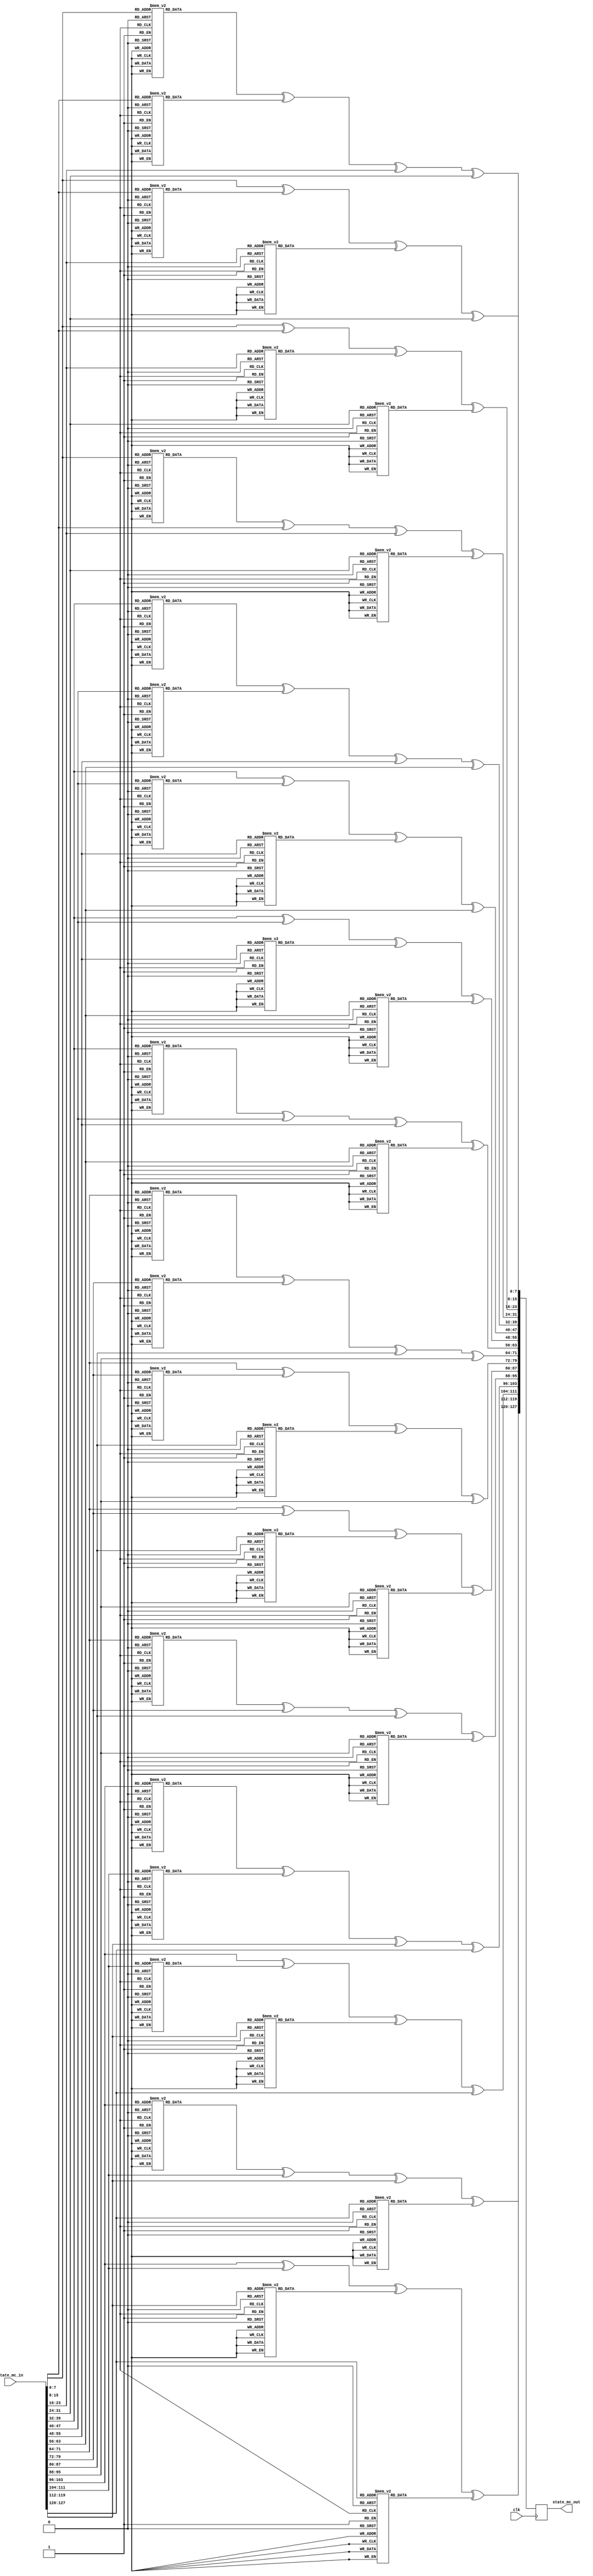
`timescale 1ns / 1ps


module mix_columns(
    input wire clk,
    input wire [127:0] state_mc_in,
    output wire [127:0] state_mc_out
	);
	
		
	//Internal logic
	reg [127:0] temp; 
	reg [127:0] state_mc_out_reg; 
	reg [127:0] state_mc_out_next;
	
	
	
	always @(posedge clk)
    begin
        state_mc_out_reg <= state_mc_out_next;
    end
	
	always @*
    begin
    	//Combinational logic
    	state_mc_out_next = state_mc_in;
    	//Mix Columns
        temp[7:0] =  mul_by_2(state_mc_out_next[7:0]) ^ mul_by_3(state_mc_out_next[15:8]) ^ state_mc_out_next[23:16] ^ state_mc_out_next[31:24];
        temp[15:8] = state_mc_out_next[7:0] ^ mul_by_2(state_mc_out_next[15:8]) ^ mul_by_3(state_mc_out_next[23:16]) ^ state_mc_out_next[31:24];
        temp[23:16] = state_mc_out_next[7:0] ^ state_mc_out_next[15:8] ^ mul_by_2(state_mc_out_next[23:16]) ^ mul_by_3(state_mc_out_next[31:24]);
        temp[31:24] = mul_by_3(state_mc_out_next[7:0]) ^ state_mc_out_next[15:8] ^ state_mc_out_next[23:16] ^ mul_by_2(state_mc_out_next[31:24]);
    
        temp[39:32] = mul_by_2(state_mc_out_next[39:32]) ^ mul_by_3(state_mc_out_next[47:40]) ^ state_mc_out_next[55:48] ^ state_mc_out_next[63:56];
        temp[47:40] = state_mc_out_next[39:32] ^ mul_by_2(state_mc_out_next[47:40]) ^ mul_by_3(state_mc_out_next[55:48]) ^ state_mc_out_next[63:56];
        temp[55:48] = state_mc_out_next[39:32] ^ state_mc_out_next[47:40] ^ mul_by_2(state_mc_out_next[55:48])^mul_by_3(state_mc_out_next[63:56]);
        temp[63:56] = mul_by_3(state_mc_out_next[39:32]) ^ state_mc_out_next[47:40] ^ state_mc_out_next[55:48] ^ mul_by_2(state_mc_out_next[63:56]);
    
        temp[71:64] = mul_by_2(state_mc_out_next[71:64]) ^ mul_by_3(state_mc_out_next[79:72]) ^ state_mc_out_next[87:80] ^ state_mc_out_next[95:88];
        temp[79:72] = state_mc_out_next[71:64] ^ mul_by_2(state_mc_out_next[79:72]) ^ mul_by_3(state_mc_out_next[87:80]) ^ state_mc_out_next[95:88];
        temp[87:80] = state_mc_out_next[71:64] ^ state_mc_out_next[79:72] ^ mul_by_2(state_mc_out_next[87:80])^mul_by_3(state_mc_out_next[95:88]);
        temp[95:88] = mul_by_3(state_mc_out_next[71:64]) ^ state_mc_out_next[79:72] ^ state_mc_out_next[87:80] ^ mul_by_2(state_mc_out_next[95:88]);
        
        temp[103:96] = mul_by_2(state_mc_out_next[103:96]) ^ mul_by_3(state_mc_out_next[111:104]) ^ state_mc_out_next[119:112] ^ state_mc_out_next[127:120];
        temp[111:104] = state_mc_out_next[103:96] ^ mul_by_2(state_mc_out_next[111:104]) ^ mul_by_3(state_mc_out_next[119:112]) ^ state_mc_out_next[127:120];
        temp[119:112] = state_mc_out_next[103:96] ^ state_mc_out_next[111:104] ^ mul_by_2(state_mc_out_next[119:112]) ^ mul_by_3(state_mc_out_next[127:120]);
        temp[127:120] = mul_by_3(state_mc_out_next[103:96]) ^ state_mc_out_next[111:104] ^ state_mc_out_next[119:112] ^ mul_by_2(state_mc_out_next[127:120]);
        
        state_mc_out_next[127:0] = temp[127:0];

    end
    
    assign state_mc_out = state_mc_out_reg;
	
	
	function [7:0] mul_by_2;
    input [7:0] x;
 
    case (x)
      8'h00 : mul_by_2 = 8'h00;
      8'h01 : mul_by_2 = 8'h02;
      8'h02 : mul_by_2 = 8'h04;
      8'h03 : mul_by_2 = 8'h06;
      8'h04 : mul_by_2 = 8'h08;
      8'h05 : mul_by_2 = 8'h0A;
      8'h06 : mul_by_2 = 8'h0C;
      8'h07 : mul_by_2 = 8'h0E;
      8'h08 : mul_by_2 = 8'h10;
      8'h09 : mul_by_2 = 8'h12;
      8'h0A : mul_by_2 = 8'h14;
      8'h0B : mul_by_2 = 8'h16;
      8'h0C : mul_by_2 = 8'h18;
      8'h0D : mul_by_2 = 8'h1A;
      8'h0E : mul_by_2 = 8'h1C;
      8'h0F : mul_by_2 = 8'h1E;
      
      8'h10 : mul_by_2 = 8'h20;
      8'h11 : mul_by_2 = 8'h22;
      8'h12 : mul_by_2 = 8'h24;
      8'h13 : mul_by_2 = 8'h26;
      8'h14 : mul_by_2 = 8'h28;
      8'h15 : mul_by_2 = 8'h2A;
      8'h16 : mul_by_2 = 8'h2C;
      8'h17 : mul_by_2 = 8'h2E;
      8'h18 : mul_by_2 = 8'h30;
      8'h19 : mul_by_2 = 8'h32;
      8'h1A : mul_by_2 = 8'h34;
      8'h1B : mul_by_2 = 8'h36;
      8'h1C : mul_by_2 = 8'h38;
      8'h1D : mul_by_2 = 8'h3A;
      8'h1E : mul_by_2 = 8'h3C;
      8'h1F : mul_by_2 = 8'h3E;
      
      8'h20 : mul_by_2 = 8'h40;
      8'h21 : mul_by_2 = 8'h42;
      8'h22 : mul_by_2 = 8'h44;
      8'h23 : mul_by_2 = 8'h46;
      8'h24 : mul_by_2 = 8'h48;
      8'h25 : mul_by_2 = 8'h4A;
      8'h26 : mul_by_2 = 8'h4C;
      8'h27 : mul_by_2 = 8'h4E;
      8'h28 : mul_by_2 = 8'h50;
      8'h29 : mul_by_2 = 8'h52;
      8'h2A : mul_by_2 = 8'h54;
      8'h2B : mul_by_2 = 8'h56;
      8'h2C : mul_by_2 = 8'h58;
      8'h2D : mul_by_2 = 8'h5A;
      8'h2E : mul_by_2 = 8'h5C;
      8'h2F : mul_by_2 = 8'h5E;
      
      8'h30 : mul_by_2 = 8'h60;
      8'h31 : mul_by_2 = 8'h62;
      8'h32 : mul_by_2 = 8'h64;
      8'h33 : mul_by_2 = 8'h66;
      8'h34 : mul_by_2 = 8'h68;
      8'h35 : mul_by_2 = 8'h6A;
      8'h36 : mul_by_2 = 8'h6C;
      8'h37 : mul_by_2 = 8'h6E;
      8'h38 : mul_by_2 = 8'h70;
      8'h39 : mul_by_2 = 8'h72;
      8'h3A : mul_by_2 = 8'h74;
      8'h3B : mul_by_2 = 8'h76;
      8'h3C : mul_by_2 = 8'h78;
      8'h3D : mul_by_2 = 8'h7A;
      8'h3E : mul_by_2 = 8'h7C;
      8'h3F : mul_by_2 = 8'h7E;
      
      8'h40 : mul_by_2 = 8'h80;
      8'h41 : mul_by_2 = 8'h82;      
      8'h42 : mul_by_2 = 8'h84;
      8'h43 : mul_by_2 = 8'h86;
      8'h44 : mul_by_2 = 8'h88;
      8'h45 : mul_by_2 = 8'h8A;
      8'h46 : mul_by_2 = 8'h8C;
      8'h47 : mul_by_2 = 8'h8E;
      8'h48 : mul_by_2 = 8'h90;
      8'h49 : mul_by_2 = 8'h92;
      8'h4A : mul_by_2 = 8'h94;
      8'h4B : mul_by_2 = 8'h96;
      8'h4C : mul_by_2 = 8'h98;
      8'h4D : mul_by_2 = 8'h9A;
      8'h4E : mul_by_2 = 8'h9C;
      8'h4F : mul_by_2 = 8'h9E;
      
      8'h50 : mul_by_2 = 8'hA0;
      8'h51 : mul_by_2 = 8'hA2;
      8'h52 : mul_by_2 = 8'hA4;
      8'h53 : mul_by_2 = 8'hA6;
      8'h54 : mul_by_2 = 8'hA8;
      8'h55 : mul_by_2 = 8'hAA;
      8'h56 : mul_by_2 = 8'hAC;
      8'h57 : mul_by_2 = 8'hAE;
      8'h58 : mul_by_2 = 8'hB0;
      8'h59 : mul_by_2 = 8'hB2;
      8'h5A : mul_by_2 = 8'hB4;
      8'h5B : mul_by_2 = 8'hB6;
      8'h5C : mul_by_2 = 8'hB8;
      8'h5D : mul_by_2 = 8'hBA;
      8'h5E : mul_by_2 = 8'hBC;
      8'h5F : mul_by_2 = 8'hBE;
      
      8'h60 : mul_by_2 = 8'hC0;
      8'h61 : mul_by_2 = 8'hC2;
      8'h62 : mul_by_2 = 8'hC4;
      8'h63 : mul_by_2 = 8'hC6;
      8'h64 : mul_by_2 = 8'hC8;
      8'h65 : mul_by_2 = 8'hCA;
      8'h66 : mul_by_2 = 8'hCC;
      8'h67 : mul_by_2 = 8'hCE;
      8'h68 : mul_by_2 = 8'hD0;
      8'h69 : mul_by_2 = 8'hD2;
      8'h6A : mul_by_2 = 8'hD4;
      8'h6B : mul_by_2 = 8'hD6;
      8'h6C : mul_by_2 = 8'hD8;
      8'h6D : mul_by_2 = 8'hDA;
      8'h6E : mul_by_2 = 8'hDC;
      8'h6F : mul_by_2 = 8'hDE;
      
      8'h70 : mul_by_2 = 8'hE0;
      8'h71 : mul_by_2 = 8'hE2;
      8'h72 : mul_by_2 = 8'hE4;
      8'h73 : mul_by_2 = 8'hE6;
      8'h74 : mul_by_2 = 8'hE8;
      8'h75 : mul_by_2 = 8'hEA;
      8'h76 : mul_by_2 = 8'hEC;
      8'h77 : mul_by_2 = 8'hEE;
      8'h78 : mul_by_2 = 8'hF0;      
      8'h79 : mul_by_2 = 8'hF2;
      8'h7A : mul_by_2 = 8'hF4;
      8'h7B : mul_by_2 = 8'hF6;
      8'h7C : mul_by_2 = 8'hF8;
      8'h7D : mul_by_2 = 8'hFA;
      8'h7E : mul_by_2 = 8'hFC;
      8'h7F : mul_by_2 = 8'hFE;
      
      8'h80 : mul_by_2 = 8'h1B;
      8'h81 : mul_by_2 = 8'h19;
      8'h82 : mul_by_2 = 8'h1F;
      8'h83 : mul_by_2 = 8'h1D;
      8'h84 : mul_by_2 = 8'h13;
      8'h85 : mul_by_2 = 8'h11;
      8'h86 : mul_by_2 = 8'h17;
      8'h87 : mul_by_2 = 8'h15;
      8'h88 : mul_by_2 = 8'h0B;
      8'h89 : mul_by_2 = 8'h09;
      8'h8A : mul_by_2 = 8'h0F;
      8'h8B : mul_by_2 = 8'h0D;
      8'h8C : mul_by_2 = 8'h03;
      8'h8D : mul_by_2 = 8'h01;
      8'h8E : mul_by_2 = 8'h07;
      8'h8F : mul_by_2 = 8'h05;
      
      8'h90 : mul_by_2 = 8'h3B;
      8'h91 : mul_by_2 = 8'h39;
      8'h92 : mul_by_2 = 8'h3F;
      8'h93 : mul_by_2 = 8'h3D;
      8'h94 : mul_by_2 = 8'h33;
      8'h95 : mul_by_2 = 8'h31;
      8'h96 : mul_by_2 = 8'h37;
      8'h97 : mul_by_2 = 8'h35;
      8'h98 : mul_by_2 = 8'h2B;
      8'h99 : mul_by_2 = 8'h29;
      8'h9A : mul_by_2 = 8'h2F;
      8'h9B : mul_by_2 = 8'h2D;
      8'h9C : mul_by_2 = 8'h23;
      8'h9D : mul_by_2 = 8'h21;
      8'h9E : mul_by_2 = 8'h27;
      8'h9F : mul_by_2 = 8'h25;
      
      8'hA0 : mul_by_2 = 8'h5B;
      8'hA1 : mul_by_2 = 8'h59;
      8'hA2 : mul_by_2 = 8'h5F;
      8'hA3 : mul_by_2 = 8'h5D;
      8'hA4 : mul_by_2 = 8'h53;
      8'hA5 : mul_by_2 = 8'h51;
      8'hA6 : mul_by_2 = 8'h57;
      8'hA7 : mul_by_2 = 8'h55;
      8'hA8 : mul_by_2 = 8'h4B;
      8'hA9 : mul_by_2 = 8'h49;
      8'hAA : mul_by_2 = 8'h4F;
      8'hAB : mul_by_2 = 8'h4D;
      8'hAC : mul_by_2 = 8'h43;
      8'hAD : mul_by_2 = 8'h41;
      8'hAE : mul_by_2 = 8'h47;
      8'hAF : mul_by_2 = 8'h45;
      
      8'hB0 : mul_by_2 = 8'h7B;
      8'hB1 : mul_by_2 = 8'h79;
      8'hB2 : mul_by_2 = 8'h7F;
      8'hB3 : mul_by_2 = 8'h7D;
      8'hB4 : mul_by_2 = 8'h73;      
      8'hB5 : mul_by_2 = 8'h71;
      8'hB6 : mul_by_2 = 8'h77;
      8'hB7 : mul_by_2 = 8'h75;
      8'hB8 : mul_by_2 = 8'h6B;
      8'hB9 : mul_by_2 = 8'h69;
      8'hBA : mul_by_2 = 8'h6F;
      8'hBB : mul_by_2 = 8'h6D;
      8'hBC : mul_by_2 = 8'h63;
      8'hBD : mul_by_2 = 8'h61;
      8'hBE : mul_by_2 = 8'h67;
      8'hBF : mul_by_2 = 8'h65;
      
      8'hC0 : mul_by_2 = 8'h9B;
      8'hC1 : mul_by_2 = 8'h99;
      8'hC2 : mul_by_2 = 8'h9F;
      8'hC3 : mul_by_2 = 8'h9D;
      8'hC4 : mul_by_2 = 8'h93;
      8'hC5 : mul_by_2 = 8'h91;
      8'hC6 : mul_by_2 = 8'h97;
      8'hC7 : mul_by_2 = 8'h95;
      8'hC8 : mul_by_2 = 8'h8B;
      8'hC9 : mul_by_2 = 8'h89;
      8'hCA : mul_by_2 = 8'h8F;
      8'hCB : mul_by_2 = 8'h8D;
      8'hCC : mul_by_2 = 8'h83;
      8'hCD : mul_by_2 = 8'h81;
      8'hCE : mul_by_2 = 8'h87;
      8'hCF : mul_by_2 = 8'h85;
      
      8'hD0 : mul_by_2 = 8'hBB;
      8'hD1 : mul_by_2 = 8'hB9;
      8'hD2 : mul_by_2 = 8'hBF;
      8'hD3 : mul_by_2 = 8'hBD;
      8'hD4 : mul_by_2 = 8'hB3;
      8'hD5 : mul_by_2 = 8'hB1;
      8'hD6 : mul_by_2 = 8'hB7;
      8'hD7 : mul_by_2 = 8'hB5;
      8'hD8 : mul_by_2 = 8'hAB;
      8'hD9 : mul_by_2 = 8'hA9;
      8'hDA : mul_by_2 = 8'hAF;
      8'hDB : mul_by_2 = 8'hAD;
      8'hDC : mul_by_2 = 8'hA3;
      8'hDD : mul_by_2 = 8'hA1;
      8'hDE : mul_by_2 = 8'hA7;
      8'hDF : mul_by_2 = 8'hA5;      
      
      8'hE0 : mul_by_2 = 8'hDB;
      8'hE1 : mul_by_2 = 8'hD9;
      8'hE2 : mul_by_2 = 8'hDF;
      8'hE3 : mul_by_2 = 8'hDD;
      8'hE4 : mul_by_2 = 8'hD3;
      8'hE5 : mul_by_2 = 8'hD1;
      8'hE6 : mul_by_2 = 8'hD7;
      8'hE7 : mul_by_2 = 8'hD5;
      8'hE8 : mul_by_2 = 8'hCB;
      8'hE9 : mul_by_2 = 8'hC9;
      8'hEA : mul_by_2 = 8'hCF;
      8'hEB : mul_by_2 = 8'hCD;
      8'hEC : mul_by_2 = 8'hC3;
      8'hED : mul_by_2 = 8'hC1;
      8'hEE : mul_by_2 = 8'hC7;
      8'hEF : mul_by_2 = 8'hC5;
      
      8'hF0 : mul_by_2 = 8'hFB;
      8'hF1 : mul_by_2 = 8'hF9;
      8'hF2 : mul_by_2 = 8'hFF;
      8'hF3 : mul_by_2 = 8'hFD;
      8'hF4 : mul_by_2 = 8'hF3;
      8'hF5 : mul_by_2 = 8'hF1;
      8'hF6 : mul_by_2 = 8'hF7;
      8'hF7 : mul_by_2 = 8'hF5;
      8'hF8 : mul_by_2 = 8'hEB;
      8'hF9 : mul_by_2 = 8'hE9;
      8'hFA : mul_by_2 = 8'hEF;
      8'hFB : mul_by_2 = 8'hED;
      8'hFC : mul_by_2 = 8'hE3;
      8'hFD : mul_by_2 = 8'hE1;
      8'hFE : mul_by_2 = 8'hE7;
      8'hFF : mul_by_2 = 8'hE5;      
      default : mul_by_2 = 0;
    endcase
  endfunction

  function [7:0] mul_by_3;
    input [7:0] x;
 
    case (x)
      8'h00 : mul_by_3 = 8'h00;
      8'h01 : mul_by_3 = 8'h03;
      8'h02 : mul_by_3 = 8'h06;
      8'h03 : mul_by_3 = 8'h05;
      8'h04 : mul_by_3 = 8'h0C;
      8'h05 : mul_by_3 = 8'h0F;
      8'h06 : mul_by_3 = 8'h0A;
      8'h07 : mul_by_3 = 8'h09;
      8'h08 : mul_by_3 = 8'h18;
      8'h09 : mul_by_3 = 8'h1B;
      8'h0A : mul_by_3 = 8'h1E;
      8'h0B : mul_by_3 = 8'h1D;
      8'h0C : mul_by_3 = 8'h14;
      8'h0D : mul_by_3 = 8'h17;
      8'h0E : mul_by_3 = 8'h12;
      8'h0F : mul_by_3 = 8'h11;
      8'h10 : mul_by_3 = 8'h30;
      8'h11 : mul_by_3 = 8'h33;
      8'h12 : mul_by_3 = 8'h36;
      8'h13 : mul_by_3 = 8'h35;
      8'h14 : mul_by_3 = 8'h3C;
      8'h15 : mul_by_3 = 8'h3F;
      8'h16 : mul_by_3 = 8'h3A;
      8'h17 : mul_by_3 = 8'h39;
      8'h18 : mul_by_3 = 8'h28;
      8'h19 : mul_by_3 = 8'h2B;
      8'h1A : mul_by_3 = 8'h2E;
      8'h1B : mul_by_3 = 8'h2D;
      8'h1C : mul_by_3 = 8'h24;
      8'h1D : mul_by_3 = 8'h27;
      8'h1E : mul_by_3 = 8'h22;
      8'h1F : mul_by_3 = 8'h21;
      8'h20 : mul_by_3 = 8'h60;
      8'h21 : mul_by_3 = 8'h63;
      8'h22 : mul_by_3 = 8'h66;
      8'h23 : mul_by_3 = 8'h65;
      8'h24 : mul_by_3 = 8'h6C;
      8'h25 : mul_by_3 = 8'h6F;
      8'h26 : mul_by_3 = 8'h6A;
      8'h27 : mul_by_3 = 8'h69;
      8'h28 : mul_by_3 = 8'h78;
      8'h29 : mul_by_3 = 8'h7B;
      8'h2A : mul_by_3 = 8'h7E;
      8'h2B : mul_by_3 = 8'h7D;
      8'h2C : mul_by_3 = 8'h74;
      8'h2D : mul_by_3 = 8'h77;
      8'h2E : mul_by_3 = 8'h72;
      8'h2F : mul_by_3 = 8'h71;
      8'h30 : mul_by_3 = 8'h50;
      8'h31 : mul_by_3 = 8'h53;
      8'h32 : mul_by_3 = 8'h56;
      8'h33 : mul_by_3 = 8'h55;
      8'h34 : mul_by_3 = 8'h5C;
      8'h35 : mul_by_3 = 8'h5F;
      8'h36 : mul_by_3 = 8'h5A;
      8'h37 : mul_by_3 = 8'h59;
      8'h38 : mul_by_3 = 8'h48;
      8'h39 : mul_by_3 = 8'h4B;
      8'h3A : mul_by_3 = 8'h4E;
      8'h3B : mul_by_3 = 8'h4D;
      8'h3C : mul_by_3 = 8'h44;
      8'h3D : mul_by_3 = 8'h47;
      8'h3E : mul_by_3 = 8'h42;
      8'h3F : mul_by_3 = 8'h41;
      8'h40 : mul_by_3 = 8'hC0;
      8'h41 : mul_by_3 = 8'hC3;      
      8'h42 : mul_by_3 = 8'hC6;
      8'h43 : mul_by_3 = 8'hC5;
      8'h44 : mul_by_3 = 8'hCC;
      8'h45 : mul_by_3 = 8'hCF;
      8'h46 : mul_by_3 = 8'hCA;
      8'h47 : mul_by_3 = 8'hC9;
      8'h48 : mul_by_3 = 8'hD8;
      8'h49 : mul_by_3 = 8'hDB;
      8'h4A : mul_by_3 = 8'hDE;
      8'h4B : mul_by_3 = 8'hDD;
      8'h4C : mul_by_3 = 8'hD4;
      8'h4D : mul_by_3 = 8'hD7;
      8'h4E : mul_by_3 = 8'hD2;
      8'h4F : mul_by_3 = 8'hD1;
      8'h50 : mul_by_3 = 8'hF0;
      8'h51 : mul_by_3 = 8'hF3;
      8'h52 : mul_by_3 = 8'hF6;
      8'h53 : mul_by_3 = 8'hF5;
      8'h54 : mul_by_3 = 8'hFC;
      8'h55 : mul_by_3 = 8'hFF;
      8'h56 : mul_by_3 = 8'hFA;
      8'h57 : mul_by_3 = 8'hF9;
      8'h58 : mul_by_3 = 8'hE8;
      8'h59 : mul_by_3 = 8'hEB;
      8'h5A : mul_by_3 = 8'hEE;
      8'h5B : mul_by_3 = 8'hED;
      8'h5C : mul_by_3 = 8'hE4;
      8'h5D : mul_by_3 = 8'hE7;
      8'h5E : mul_by_3 = 8'hE2;
      8'h5F : mul_by_3 = 8'hE1;
      8'h60 : mul_by_3 = 8'hA0;
      8'h61 : mul_by_3 = 8'hA3;
      8'h62 : mul_by_3 = 8'hA6;
      8'h63 : mul_by_3 = 8'hA5;
      8'h64 : mul_by_3 = 8'hAC;
      8'h65 : mul_by_3 = 8'hAF;
      8'h66 : mul_by_3 = 8'hAA;
      8'h67 : mul_by_3 = 8'hA9;
      8'h68 : mul_by_3 = 8'hB8;
      8'h69 : mul_by_3 = 8'hBB;
      8'h6A : mul_by_3 = 8'hBE;
      8'h6B : mul_by_3 = 8'hBD;
      8'h6C : mul_by_3 = 8'hB4;
      8'h6D : mul_by_3 = 8'hB7;
      8'h6E : mul_by_3 = 8'hB2;
      8'h6F : mul_by_3 = 8'hB1;
      8'h70 : mul_by_3 = 8'h90;
      8'h71 : mul_by_3 = 8'h93;
      8'h72 : mul_by_3 = 8'h96;
      8'h73 : mul_by_3 = 8'h95;
      8'h74 : mul_by_3 = 8'h9C;
      8'h75 : mul_by_3 = 8'h9F;
      8'h76 : mul_by_3 = 8'h9A;
      8'h77 : mul_by_3 = 8'h99;
      8'h78 : mul_by_3 = 8'h88;      
      8'h79 : mul_by_3 = 8'h8B;
      8'h7A : mul_by_3 = 8'h8E;
      8'h7B : mul_by_3 = 8'h8D;
      8'h7C : mul_by_3 = 8'h84;
      8'h7D : mul_by_3 = 8'h87;
      8'h7E : mul_by_3 = 8'h82;
      8'h7F : mul_by_3 = 8'h81;
      8'h80 : mul_by_3 = 8'h9B;
      8'h81 : mul_by_3 = 8'h98;
      8'h82 : mul_by_3 = 8'h9D;
      8'h83 : mul_by_3 = 8'h9E;
      8'h84 : mul_by_3 = 8'h97;
      8'h85 : mul_by_3 = 8'h94;
      8'h86 : mul_by_3 = 8'h91;
      8'h87 : mul_by_3 = 8'h92;
      8'h88 : mul_by_3 = 8'h83;
      8'h89 : mul_by_3 = 8'h80;
      8'h8A : mul_by_3 = 8'h85;
      8'h8B : mul_by_3 = 8'h86;
      8'h8C : mul_by_3 = 8'h8F;
      8'h8D : mul_by_3 = 8'h8C;
      8'h8E : mul_by_3 = 8'h89;
      8'h8F : mul_by_3 = 8'h8A;
      8'h90 : mul_by_3 = 8'hAB;
      8'h91 : mul_by_3 = 8'hA8;
      8'h92 : mul_by_3 = 8'hAD;
      8'h93 : mul_by_3 = 8'hAE;
      8'h94 : mul_by_3 = 8'hA7;
      8'h95 : mul_by_3 = 8'hA4;
      8'h96 : mul_by_3 = 8'hA1;
      8'h97 : mul_by_3 = 8'hA2;
      8'h98 : mul_by_3 = 8'hB3;
      8'h99 : mul_by_3 = 8'hB0;
      8'h9A : mul_by_3 = 8'hB5;
      8'h9B : mul_by_3 = 8'hB6;
      8'h9C : mul_by_3 = 8'hBF;
      8'h9D : mul_by_3 = 8'hBC;
      8'h9E : mul_by_3 = 8'hB9;
      8'h9F : mul_by_3 = 8'hBA;
      8'hA0 : mul_by_3 = 8'hFB;
      8'hA1 : mul_by_3 = 8'hF8;
      8'hA2 : mul_by_3 = 8'hFD;
      8'hA3 : mul_by_3 = 8'hFE;
      8'hA4 : mul_by_3 = 8'hF7;
      8'hA5 : mul_by_3 = 8'hF4;
      8'hA6 : mul_by_3 = 8'hF1;
      8'hA7 : mul_by_3 = 8'hF2;
      8'hA8 : mul_by_3 = 8'hE3;
      8'hA9 : mul_by_3 = 8'hE0;
      8'hAA : mul_by_3 = 8'hE5;
      8'hAB : mul_by_3 = 8'hE6;
      8'hAC : mul_by_3 = 8'hEF;
      8'hAD : mul_by_3 = 8'hEC;
      8'hAE : mul_by_3 = 8'hE9;
      8'hAF : mul_by_3 = 8'hEA;
      8'hB0 : mul_by_3 = 8'hCB;
      8'hB1 : mul_by_3 = 8'hC8;
      8'hB2 : mul_by_3 = 8'hCD;
      8'hB3 : mul_by_3 = 8'hCE;
      8'hB4 : mul_by_3 = 8'hC7;      
      8'hB5 : mul_by_3 = 8'hC4;
      8'hB6 : mul_by_3 = 8'hC1;
      8'hB7 : mul_by_3 = 8'hC2;
      8'hB8 : mul_by_3 = 8'hD3;
      8'hB9 : mul_by_3 = 8'hD0;
      8'hBA : mul_by_3 = 8'hD5;
      8'hBB : mul_by_3 = 8'hD6;
      8'hBC : mul_by_3 = 8'hDF;
      8'hBD : mul_by_3 = 8'hDC;
      8'hBE : mul_by_3 = 8'hD9;
      8'hBF : mul_by_3 = 8'hDA;
      8'hC0 : mul_by_3 = 8'h5B;
      8'hC1 : mul_by_3 = 8'h58;
      8'hC2 : mul_by_3 = 8'h5D;
      8'hC3 : mul_by_3 = 8'h5E;
      8'hC4 : mul_by_3 = 8'h57;
      8'hC5 : mul_by_3 = 8'h54;
      8'hC6 : mul_by_3 = 8'h51;
      8'hC7 : mul_by_3 = 8'h52;
      8'hC8 : mul_by_3 = 8'h43;
      8'hC9 : mul_by_3 = 8'h40;
      8'hCA : mul_by_3 = 8'h45;
      8'hCB : mul_by_3 = 8'h46;
      8'hCC : mul_by_3 = 8'h4F;
      8'hCD : mul_by_3 = 8'h4C;
      8'hCE : mul_by_3 = 8'h49;
      8'hCF : mul_by_3 = 8'h4A;
      8'hD0 : mul_by_3 = 8'h6B;
      8'hD1 : mul_by_3 = 8'h68;
      8'hD2 : mul_by_3 = 8'h6D;
      8'hD3 : mul_by_3 = 8'h6E;
      8'hD4 : mul_by_3 = 8'h67;
      8'hD5 : mul_by_3 = 8'h64;
      8'hD6 : mul_by_3 = 8'h61;
      8'hD7 : mul_by_3 = 8'h62;
      8'hD8 : mul_by_3 = 8'h73;
      8'hD9 : mul_by_3 = 8'h70;
      8'hDA : mul_by_3 = 8'h75;
      8'hDB : mul_by_3 = 8'h76;
      8'hDC : mul_by_3 = 8'h7F;
      8'hDD : mul_by_3 = 8'h7C;
      8'hDE : mul_by_3 = 8'h79;
      8'hDF : mul_by_3 = 8'h7A;      
      8'hE0 : mul_by_3 = 8'h3B;
      8'hE1 : mul_by_3 = 8'h38;
      8'hE2 : mul_by_3 = 8'h3D;
      8'hE3 : mul_by_3 = 8'h3E;
      8'hE4 : mul_by_3 = 8'h37;
      8'hE5 : mul_by_3 = 8'h34;
      8'hE6 : mul_by_3 = 8'h31;
      8'hE7 : mul_by_3 = 8'h32;
      8'hE8 : mul_by_3 = 8'h23;
      8'hE9 : mul_by_3 = 8'h20;
      8'hEA : mul_by_3 = 8'h25;
      8'hEB : mul_by_3 = 8'h26;
      8'hEC : mul_by_3 = 8'h2F;
      8'hED : mul_by_3 = 8'h2C;
      8'hEE : mul_by_3 = 8'h29;
      8'hEF : mul_by_3 = 8'h2A;
      8'hF0 : mul_by_3 = 8'h0B;
      8'hF1 : mul_by_3 = 8'h08;
      8'hF2 : mul_by_3 = 8'h0D;
      8'hF3 : mul_by_3 = 8'h0E;
      8'hF4 : mul_by_3 = 8'h07;
      8'hF5 : mul_by_3 = 8'h04;
      8'hF6 : mul_by_3 = 8'h01;
      8'hF7 : mul_by_3 = 8'h02;
      8'hF8 : mul_by_3 = 8'h13;
      8'hF9 : mul_by_3 = 8'h10;
      8'hFA : mul_by_3 = 8'h15;
      8'hFB : mul_by_3 = 8'h16;
      8'hFC : mul_by_3 = 8'h1F;
      8'hFD : mul_by_3 = 8'h1C;
      8'hFE : mul_by_3 = 8'h19;
      8'hFF : mul_by_3 = 8'h1A;      
      default : mul_by_3 = 0;
    endcase
  endfunction    
	
endmodule